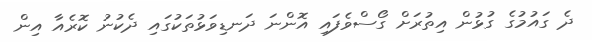
ދެ ގައުމުގެ ގުޅުން އިތުރަށް ގޯސްވެފައި އޮންނަ ދަނޑިވަޅުތަކުގައި ދެކުނު ކޮރެއާ އިން